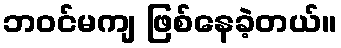
ဘဝင်မကျ ဖြစ်နေခဲ့တယ်။